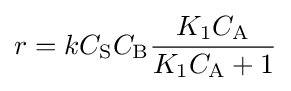
r=kC_{\mathrm {S} }C_{\mathrm {B} }{\frac {K_{1}C_{\mathrm {A} }}{K_{1}C_{\mathrm {A} }+1}}